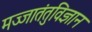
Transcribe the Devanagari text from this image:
मज्जातंतुविज्ञान